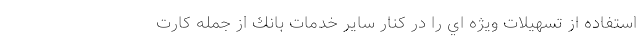
استفاده از تسهيلات ويژه اي را در كنار ساير خدمات بانك از جمله کارت